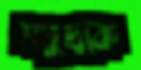
সমুদ্রকে